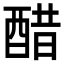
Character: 醋